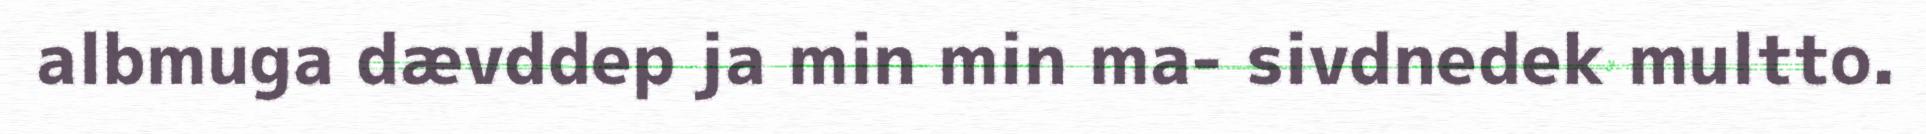
albmuga dævddep ja min min ma- sivdnedek multto.